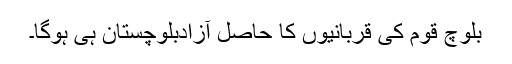
بلوچ قوم کی قربانیوں کا حاصل آزادبلوچستان ہی ہوگا۔